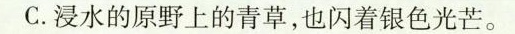
C.浸水的原野上的青草，也闪着银色光芒。